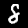
Digit: 8